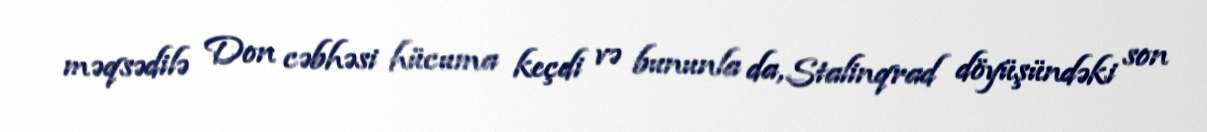
məqsədilə Don cəbhəsi hücuma keçdi və bununla da, Stalinqrad döyüşündəki son